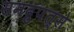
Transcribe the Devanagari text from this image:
समद्रुपत्से